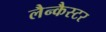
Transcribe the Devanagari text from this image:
लैन्कैस्टर